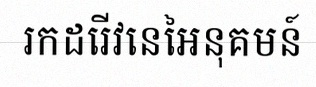
រកដេរីវេនៃអនុគមន៍